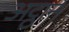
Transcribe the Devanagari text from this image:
अट्ठान